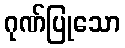
ဂုဏ်ပြုသော